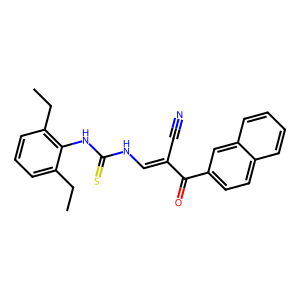
SMILES: CCc1cccc(CC)c1NC(=S)NC=C(C#N)C(=O)c1ccc2ccccc2c1
Inhibits HIV replication: No